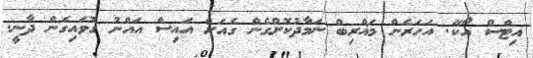
އިޓްސް އޯކޭ. އަހަރެން މަޣްރިބް ނަމާދުކޮށްގެން ގެއަށް އައިސް އައްނު ގޮވައިގެން ދާނީ.